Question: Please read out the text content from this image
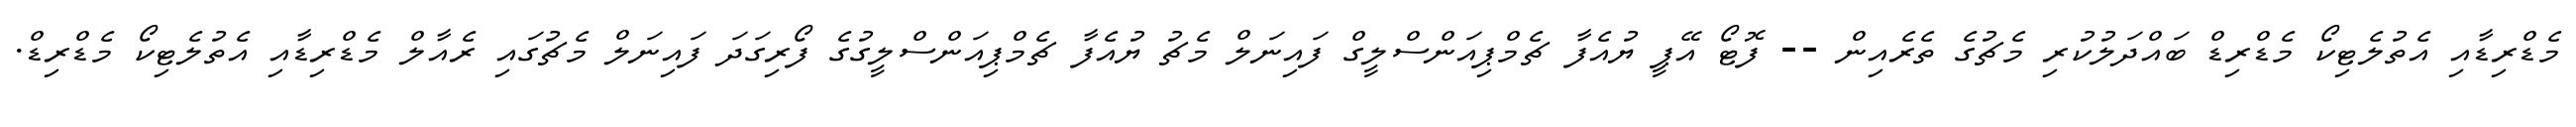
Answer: މެޑްރިޑާއި އެތުލެޓިކޯ މެޑްރިޑް ބައްދަލުކުރި މެޗުގެ ތެރެއިން -- ފޮޓޯ އޭޕީ ޔުއެފާ ޗެމްޕިއަންސްލީގް ފައިނަލް މެޗު ޔުއެފާ ޗެމްޕިއަންސްލީގުގެ ފޯރިގަދަ ފައިނަލް މެޗުގައި ރެއާލް މެޑްރިޑާއި އެތުލެޓިކޯ މެޑްރިޑް.